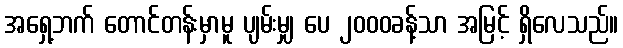
အရှေ့ဘက် တောင်တန်းမှာမူ ပျမ်းမျှ ပေ ၂၀၀၀ခန့်သာ အမြင့် ရှိလေသည်။